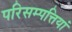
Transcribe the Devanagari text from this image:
परिसम्‍पत्तियां